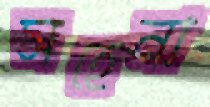
সহেনা